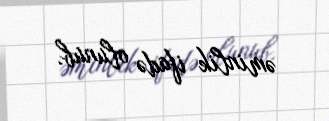
əminlik ifadə olunub.